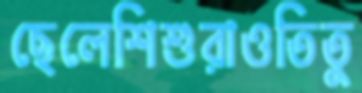
ছেলেশিশুরাওতিতু